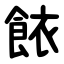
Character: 餏